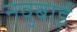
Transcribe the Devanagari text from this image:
नवुबाई